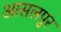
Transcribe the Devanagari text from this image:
आसलपुर